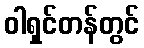
ဝါရှင်တန်တွင်